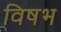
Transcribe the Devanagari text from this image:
विषभ